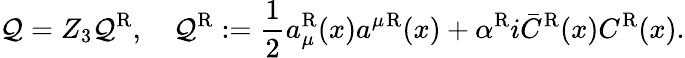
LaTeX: \mathcal{Q}=Z_{3}\mathcal{Q}^{\mathrm{R}},\quad\mathcal{Q}^{\mathrm{R}}:={\frac{1}{2}}a_{\mu}^{\mathrm{R}}(x)a^{\mu}{}^{\mathrm{R}}(x)+\alpha^{\mathrm{R}}i\bar{C}^{\mathrm{R}}(x)C^{\mathrm{R}}(x).